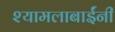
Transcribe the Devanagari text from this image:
श्यामलाबाईंनी